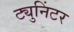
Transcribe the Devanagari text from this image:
ट्युनिंटर